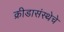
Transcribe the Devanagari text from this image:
क्रीडासंस्थेचे